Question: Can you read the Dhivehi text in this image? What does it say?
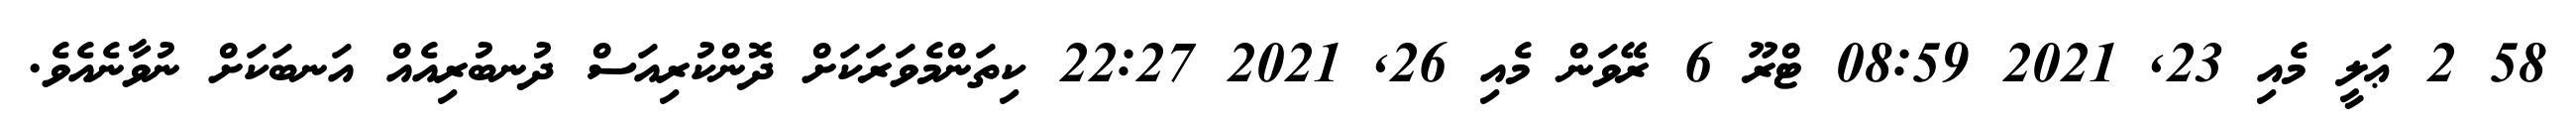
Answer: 58 2 ޢަލީ މެއި 23, 2021 08:59 ޓްރޫ 6 ރޭވަން މެއި 26, 2021 22:27 ކިތަންމެވަރަކަށް ދޮންކުރިއަސް ދުނބުރިއެއް އަނބަކަށް ނުވާނެއެވެ.